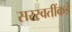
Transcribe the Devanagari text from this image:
सरस्वतींकडे